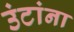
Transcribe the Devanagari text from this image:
उंटांना